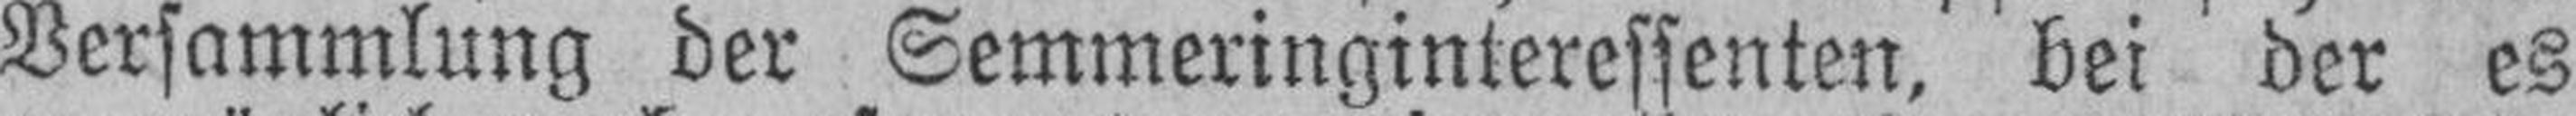
Versammlung der Semmeringinteressenten, bei der es